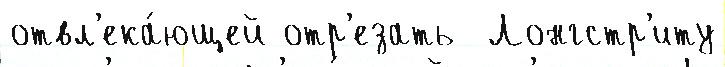
отвл'ека́ющей отр'езать  Лонгстр'иту